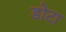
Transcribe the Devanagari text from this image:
डोटा